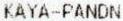
KAYA-PANDN